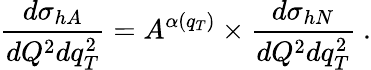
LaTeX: \frac{d\sigma_{hA}}{dQ^{2}dq_{T}^{2}}=A^{\alpha(q_{T})}\times\frac{d\sigma_{hN}}{dQ^{2}dq_{T}^{2}}\ .